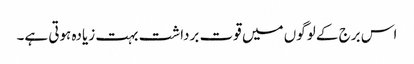
اس برج کے لوگوں میں قوت برداشت بہت زیادہ ہوتی ہے۔